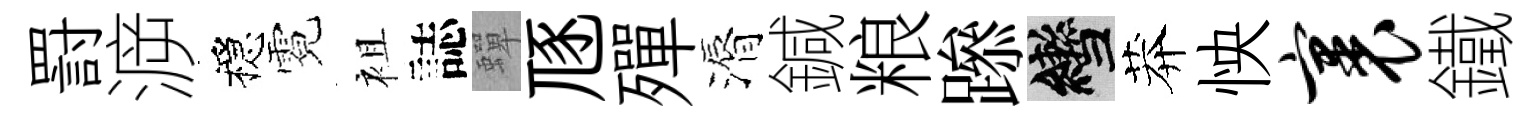
罸㴑穩霓袓誌蟬豗殫漘鍼粮𨅶轡莽怏裹鐵